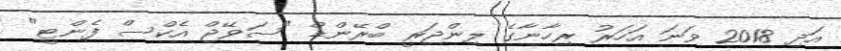
އަދި 2018 ވަނަ އަހަރު ރިހާނާގެ ލިންޖަރީ ބްރޭންޑް "ސަވޭޖް އެކްސް ފެންޓީ"